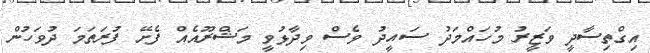
އިގްތިސާދީ ވަޒީރު މުހައްމަދު ސައީދު ވެސް ވިދާޅުވީ މަޝްރޫއެއް ފެށޭ ފުރަތަމަ ދުވަހުން